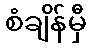
စံချိန်မှီ